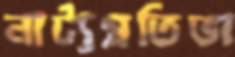
নাট্যপ্রতিভা